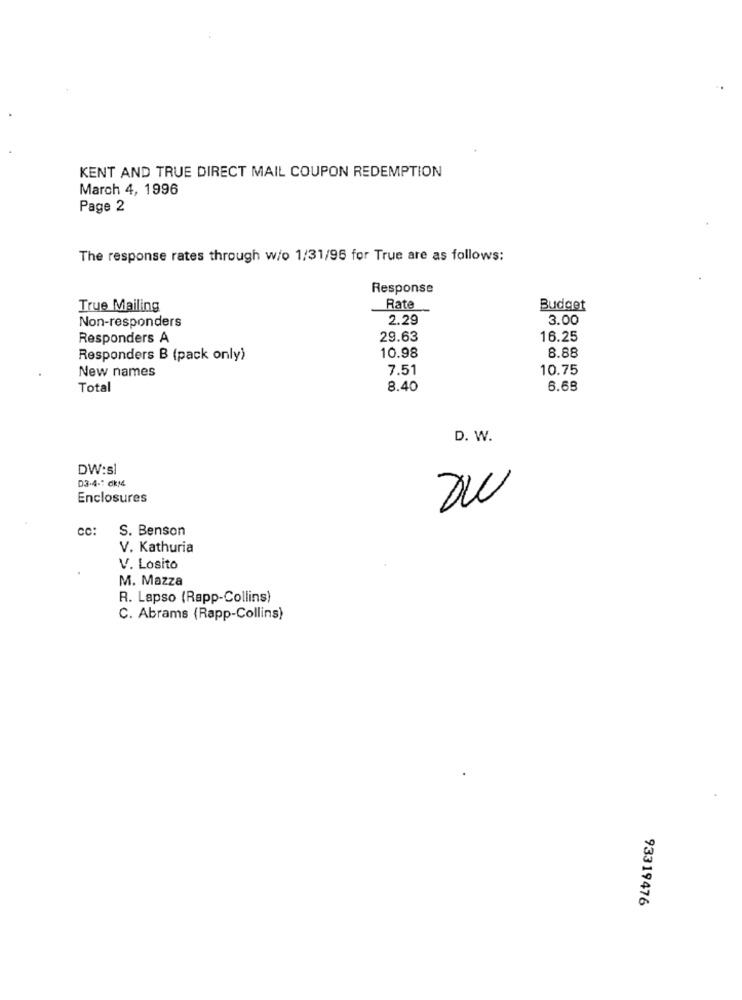
KENT AND TRUE DIRECT MAIL COUPON REDEMPTION
March 4, 1996
Page 2
The response rates through w/o 1/31/96 for True are as follows:
Response
True Mailing
Rate
Budget
Non-responders
2.29
3.00
Responders A
29.63
16.25
8.88
Responders B (pack only)
10.98
7.51
10.75
New names
Total
8.40
6.68
D. W.
DW:s1
D3-4 -: dikM4
Enclosures
DW
cc:
S. Benson
V. Kathuria
V. Losito
M. Mazza
R. Lapso (Rapp-Collins)
C. Abrams (Rapp-Collins)
93319476